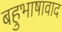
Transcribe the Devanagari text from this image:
बहुभाषावाद